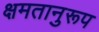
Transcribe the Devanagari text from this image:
क्षमतानुरूप